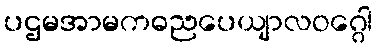
ပဌမအာမကဓညပေယျာလဝဂ္ဂေါ